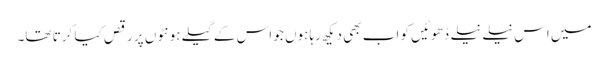
میں اس نیلے نیلے دُھوئیں کو اب بھی دیکھ رہا ہوں جو اس کے گیلے ہونٹوں پر رقص کیا کرتا تھا۔